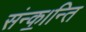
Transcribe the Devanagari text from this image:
संन्क॒।न्ति